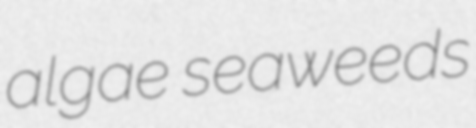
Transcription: algae seaweeds